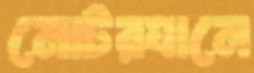
মোটরযানে